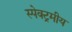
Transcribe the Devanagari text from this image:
स्पेक्ट्रमीय